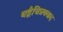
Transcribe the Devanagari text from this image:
यद्वैचित्रयवाद